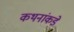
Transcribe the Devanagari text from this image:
कथनांकडे